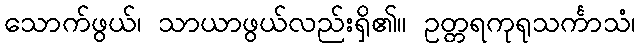
သောက်ဖွယ်၊ သာယာဖွယ်လည်းရှိ၏။ ဥတ္တရကုရုသင်္ကာသံ၊